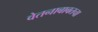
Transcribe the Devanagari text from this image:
वेतनाबाबतचा